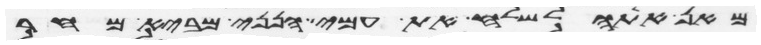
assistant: מאן אתה לשלח את עמי הנני מביא מחר